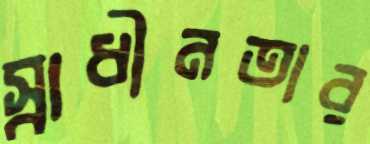
স্বাধীনতার